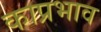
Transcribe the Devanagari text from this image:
काप्रभाव